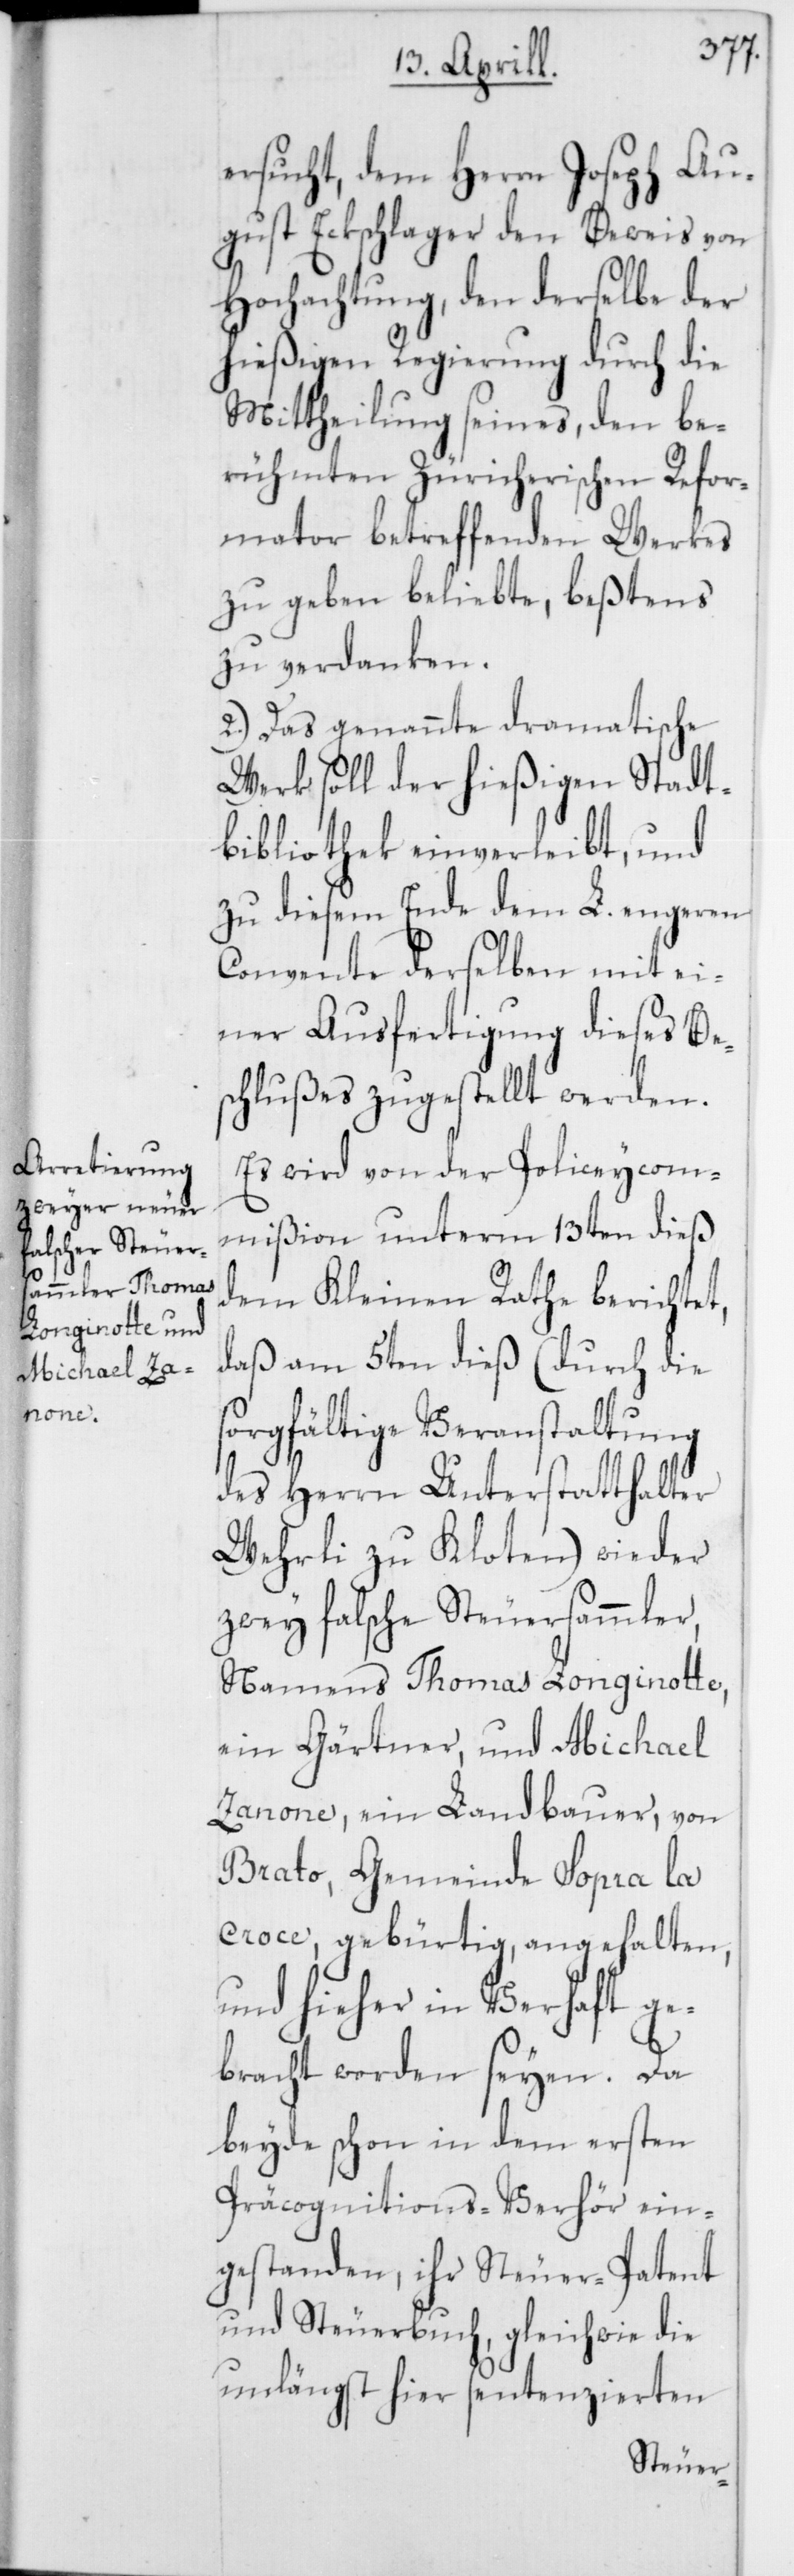
ersucht, dem Herrn Joseph Au¬
gust Eckschlager den Beweis von
Hochachtung, den derselbe der
hießigen Regierung durch die
Mittheilung seines, den be¬
rühmten Züricherischen Refor¬
mator betreffenden Werkes
zu geben beliebte, bestens
zu verdanken.
2.) Das genannte dramatische
Werk soll der hießigen Stadt¬
bibliothek einverleibt, und
zu diesem Ende dem L. engeren
Convente derselben mit ei¬
ner Ausfertigung dieses Bes¬
chlußes zugestellt werden.
Es wird von der Polizeicom¬
mißion unterm 13ten dieß
dem Kleinen Rath berichtet,
daß am 5ten dieß (durch die
sorgfältige Veranstaltung
des Herrn Unterstatthalter
Wehrli zu Kloten) wieder
zwey falsche Steuersammler,
Namens Thomas Longinotte,
ein Gärtner, und Michael
Zanone, ein Landbauer, von
Brato, Gemeinde Sopra la
Croce, gebürtig, angehalten,
und hieher in Verhaft ge¬
bracht worden seyen. Da
beyde schon in dem ersten
Präcognitions-Verhör ein¬
gestanden, ihr Steuer-Patent
und Steuerbuch, gleichwie die
unlängst hier sentenzierten